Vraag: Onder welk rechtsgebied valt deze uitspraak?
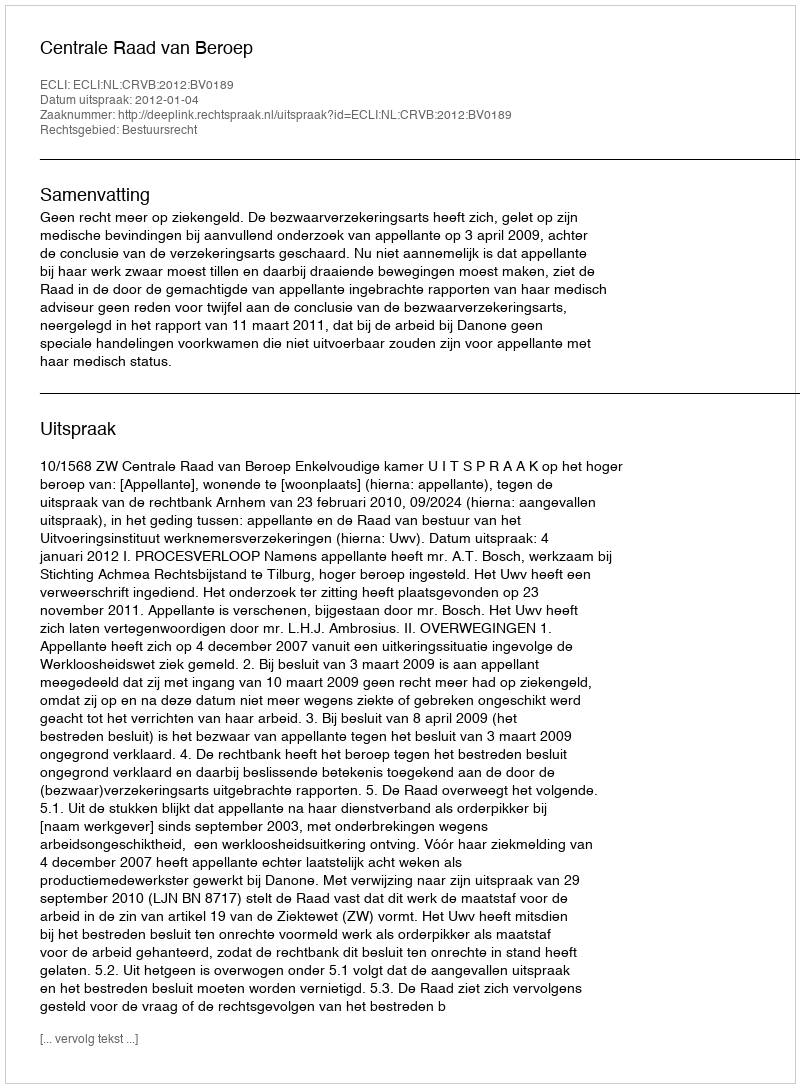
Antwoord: Bestuursrecht